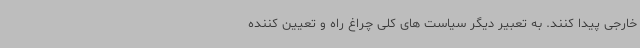
خارجی پیدا کنند. به تعبیر دیگر سیاست های کلی چراغ راه و تعیین کننده